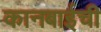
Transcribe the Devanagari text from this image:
कानबाईची